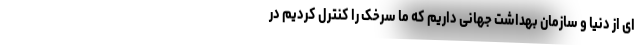
ای از دنیا و سازمان بهداشت جهانی داریم که ما سرخک را کنترل کردیم در